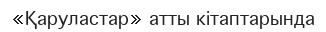
«Қаруластар» атты кітаптарында